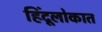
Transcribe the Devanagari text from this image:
हिंदूलोकात